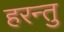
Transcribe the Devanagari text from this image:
हरन्तु